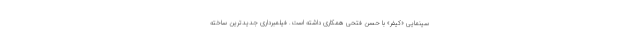
سینمایی «کیفر» با حسن فتحی همکاری داشته است. فیلمبرداری جدیدترین ساخته